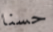
حسنا